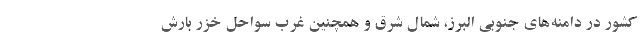
کشور در دامنه‌های جنوبی البرز، شمال شرق و همچنین غرب سواحل خزر بارش